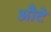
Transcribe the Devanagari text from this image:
औटे